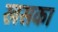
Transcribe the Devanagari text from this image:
खसका